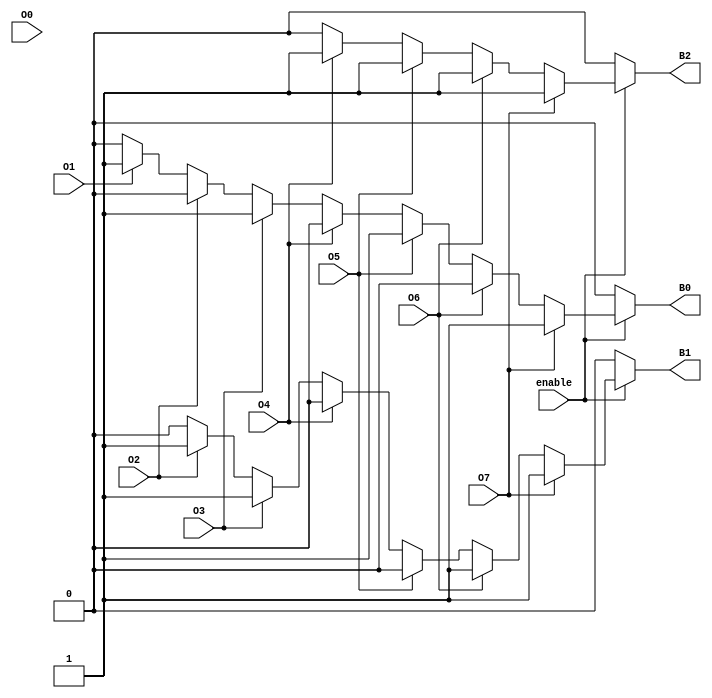
module octal_to_binary_encoder (
    input wire O0, O1, O2, O3, O4, O5, O6, O7, // Octal inputs
    output reg B2, B1, B0,                     // Binary outputs
    input wire enable                           // Enable input
);

always @(*) begin
    if (!enable) begin
        // If not enabled, output is 000
        B2 = 0;
        B1 = 0;
        B0 = 0;
    end else begin
        // Default output
        B2 = 0;
        B1 = 0;
        B0 = 0;

        // Priority encoding: check from highest to lowest
        if (O7) begin
            B2 = 1; B1 = 1; B0 = 1; // 111
        end else if (O6) begin
            B2 = 1; B1 = 1; B0 = 0; // 110
        end else if (O5) begin
            B2 = 1; B1 = 0; B0 = 1; // 101
        end else if (O4) begin
            B2 = 1; B1 = 0; B0 = 0; // 100
        end else if (O3) begin
            B2 = 0; B1 = 1; B0 = 1; // 011
        end else if (O2) begin
            B2 = 0; B1 = 1; B0 = 0; // 010
        end else if (O1) begin
            B2 = 0; B1 = 0; B0 = 1; // 001
        end else if (O0) begin
            B2 = 0; B1 = 0; B0 = 0; // 000
        end
    end
end

endmodule